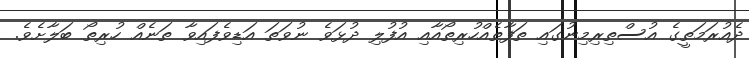
ދެއުރަމަތީގެ އުސްތިރިމިނުގައި ތަފާތެއްހުރިތޯއާއި އުފުލި ދުޅަވެ ނުވަތަ އަޑިވެފައިވާ ތަނެއް ހުރިތޯ ބަލާށެވެ.